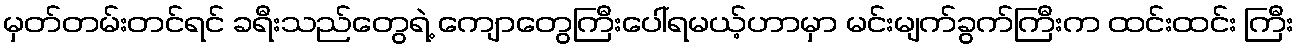
မှတ်တမ်းတင်ရင် ခရီးသည်တွေရဲ့ ကျောတွေကြီးပေါ်ရမယ့်ဟာမှာ မင်းမျက်ခွက်ကြီးက ထင်းထင်း ကြီး